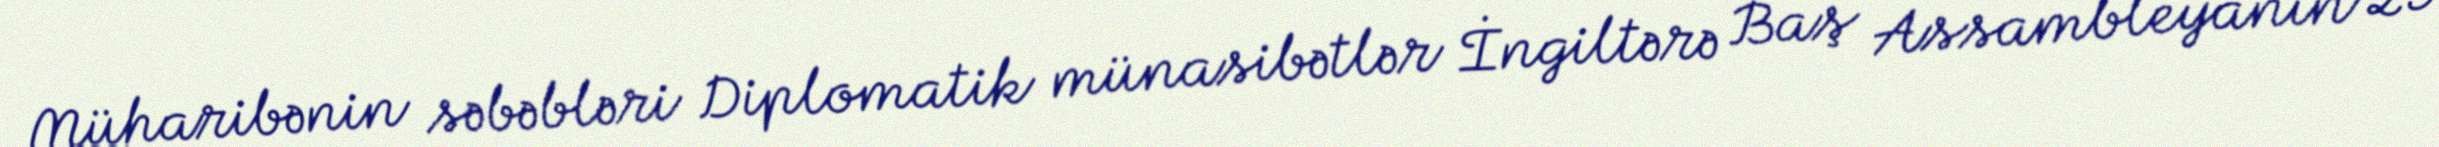
Müharibənin səbəbləri Diplomatik münasibətlər İngiltərə Baş Assambleyanın 29